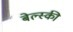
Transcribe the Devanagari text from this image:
बेल्स्की